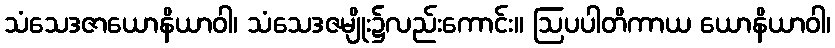
သံသေဒဇာယောနိယာဝါ၊ သံသေဒဇမျိုး၌လည်းကောင်း။ ဩပပါတိကာယ ယောနိယာဝါ၊